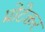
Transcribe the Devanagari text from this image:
प्रोटेक्तर